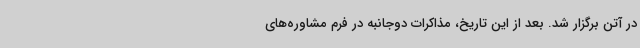
در آتن برگزار شد. بعد از این تاریخ، مذاکرات دوجانبه در فرم مشاوره‌های